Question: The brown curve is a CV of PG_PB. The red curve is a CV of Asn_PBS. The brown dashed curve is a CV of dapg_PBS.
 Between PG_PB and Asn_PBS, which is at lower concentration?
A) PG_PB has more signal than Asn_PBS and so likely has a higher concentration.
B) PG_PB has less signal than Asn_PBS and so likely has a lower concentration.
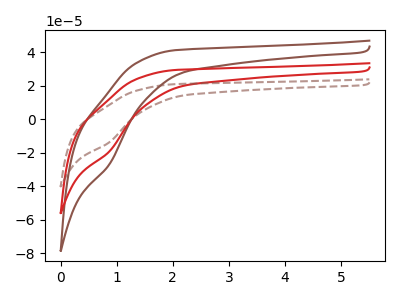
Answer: <think>The brown curve "PG_PB" has a cathodic peak at: (0.85V, -26.55uA). The red curve "Asn_PBS" has a cathodic peak at: (0.85V, -18.95uA). The brown dashed curve "dapg_PBS" has a cathodic peak at: (0.85V, -37.90uA).
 All the peaks in "PG_PB" have a peak in "Asn_PBS" at the same potential. Every peak in "PG_PB" is higher than every peak in "Asn_PBS".</think>
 <answer>A) "PG_PB" has more signal than "Asn_PBS" and so likely has a higher concentration.</answer>
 <eval>A</eval>